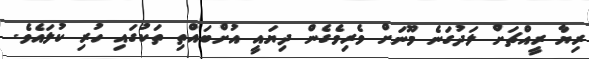
ރިޔާ ރީއްޗަށް ލަދުގަނެ މޫނަށް ވެރިވެގެން ދިޔައީ އުށްބައްތި ތަކުގައި ހުރި ކުލައެވެ.